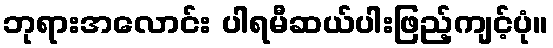
ဘုရားအလောင်း ပါရမီဆယ်ပါးဖြည့်ကျင့်ပုံ။